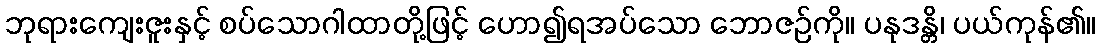
ဘုရားကျေးဇူးနှင့် စပ်သောဂါထာတို့ဖြင့် ဟော၍ရအပ်သော ဘောဇဉ်ကို။ ပနုဒန္တိ၊ ပယ်ကုန်၏။